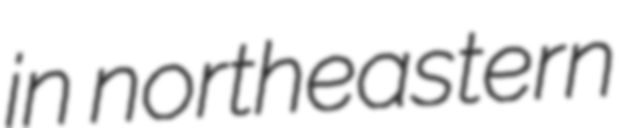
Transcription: in northeastern